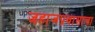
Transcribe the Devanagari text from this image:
जहाजप्रवासाचा